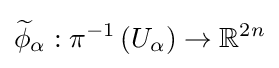
{\widetilde {\phi }}_{\alpha }:\pi ^{-1}\left(U_{\alpha }\right)\to \mathbb {R} ^{2n}